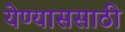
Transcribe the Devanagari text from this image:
येण्याससाठी